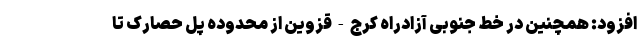
افزود: همچنین در خط جنوبی آزادراه کرج - قزوین از محدوده پل حصارک تا